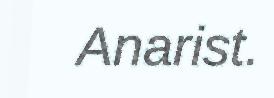
Anarist.